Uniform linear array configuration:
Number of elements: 8
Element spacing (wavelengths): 0.5
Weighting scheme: uniform
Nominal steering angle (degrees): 60
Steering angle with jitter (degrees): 60.077
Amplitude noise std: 0.05
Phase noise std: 0.05

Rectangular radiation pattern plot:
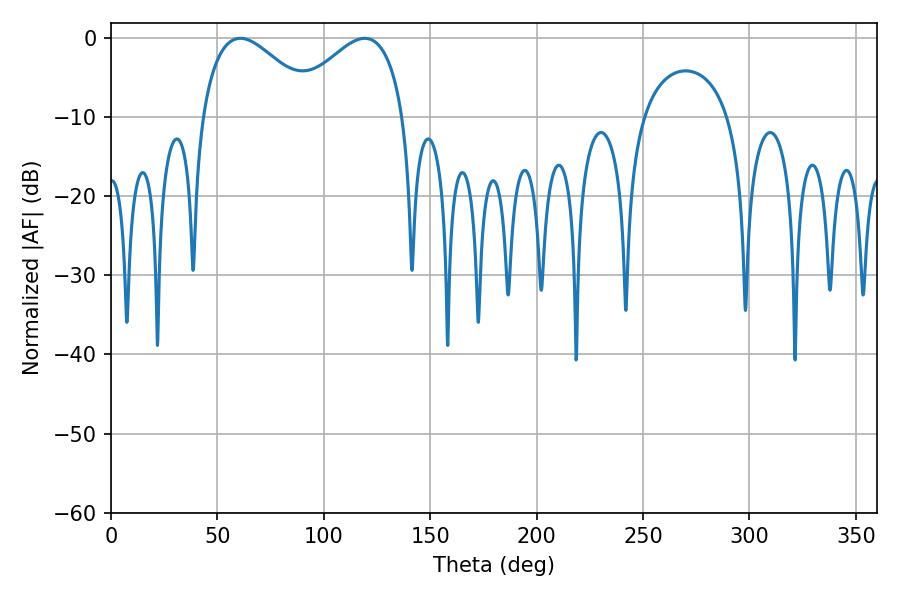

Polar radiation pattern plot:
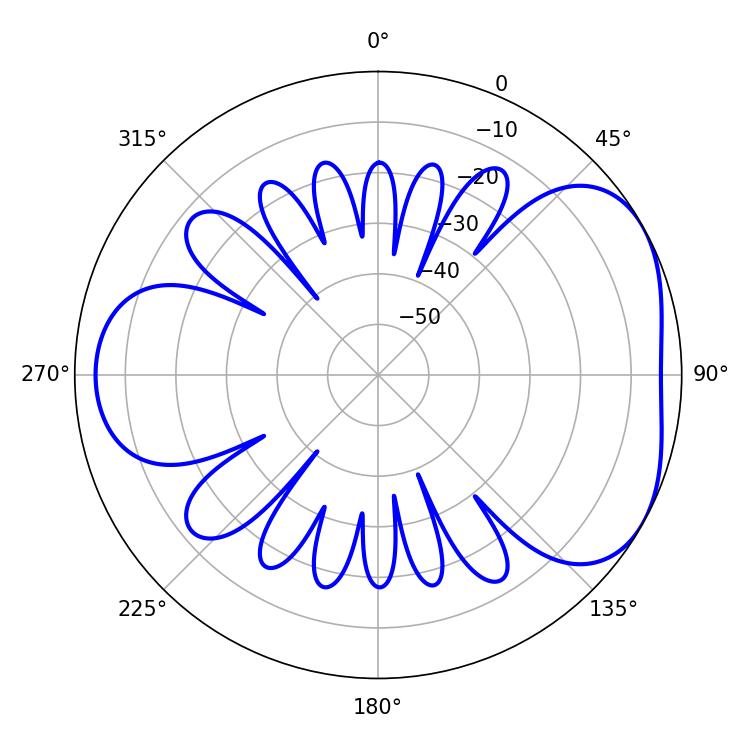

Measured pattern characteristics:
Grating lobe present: FALSE
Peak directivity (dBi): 4.394
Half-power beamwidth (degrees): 29.7
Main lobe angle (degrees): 60.84